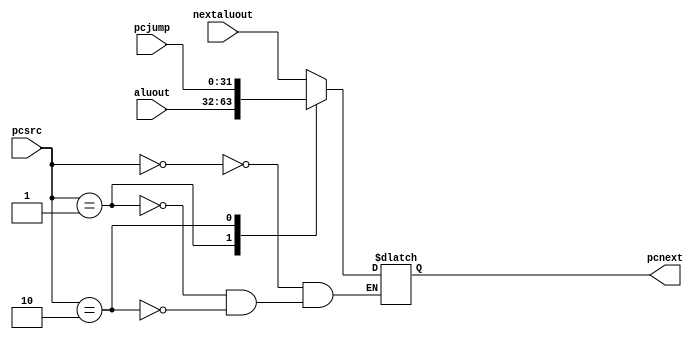
`timescale 1ns / 1ps
//////////////////////////////////////////////////////////////////////////////////
// Company: 
// Engineer: 
// 
// Design Name: 
// Module Name: pcsrc
// Project Name: 
// Target Devices: 
// Tool Versions: 
// Description: 
// 
// Dependencies: 
// 
// Revision:
// Revision 0.01 - File Created
// Additional Comments:
// 
//////////////////////////////////////////////////////////////////////////////////


module PCSrc(input [31:0] nextaluout, aluout, pcjump,
             input [1:0] pcsrc,
             output reg [31:0] pcnext);
always@(*)
    case(pcsrc)
        2'b00: pcnext <= nextaluout;
        2'b01: pcnext <= aluout;
        2'b10: pcnext <= pcjump;
    endcase
endmodule